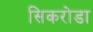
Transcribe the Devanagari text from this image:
सिकरोडा